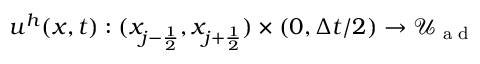
u ^ { h } ( x , t ) : ( x _ { j - \frac { 1 } { 2 } } , x _ { j + \frac { 1 } { 2 } } ) \times ( 0 , \Delta t / 2 ) \rightarrow \mathcal { U } _ { \textrm { a d } }